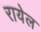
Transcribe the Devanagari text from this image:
रायेल